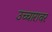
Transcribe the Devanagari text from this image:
उच्चारावर